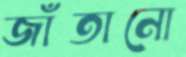
জাঁতানো